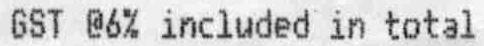
GST @6% INCLUDED IN TOTAL